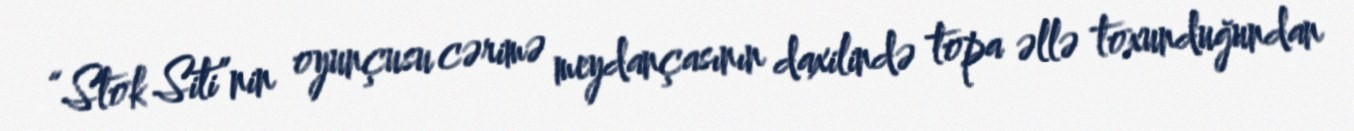
“Stok Siti”nin oyunçusu cərimə meydançasının daxilində topa əllə toxunduğundan